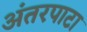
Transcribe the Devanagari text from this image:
अंतरपाटा